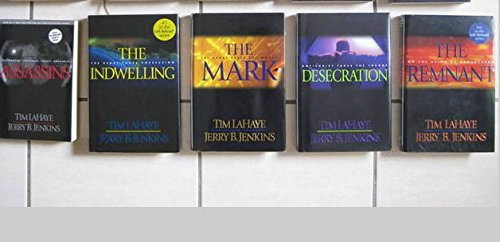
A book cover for The Left Behind Collection: The Remnant/Descration/the Mark/the Indwelling/Assas; Tim Lahaye; Religion & Spirituality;